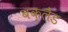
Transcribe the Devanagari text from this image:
बक्लैंड